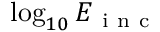
\log _ { 1 0 } { E _ { \mathrm { ~ i ~ n ~ c ~ } } }